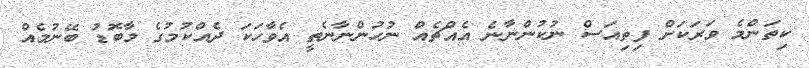
ކިތަންމެ ވަރަކަށް ފިތިއަސް ނުކުންނާނެ އެއްޗެއް ނުހުންނާނެތީ އެވާހަކަ ދެއްކުމުގެ މާބޮޑު ބޭނުމެއް